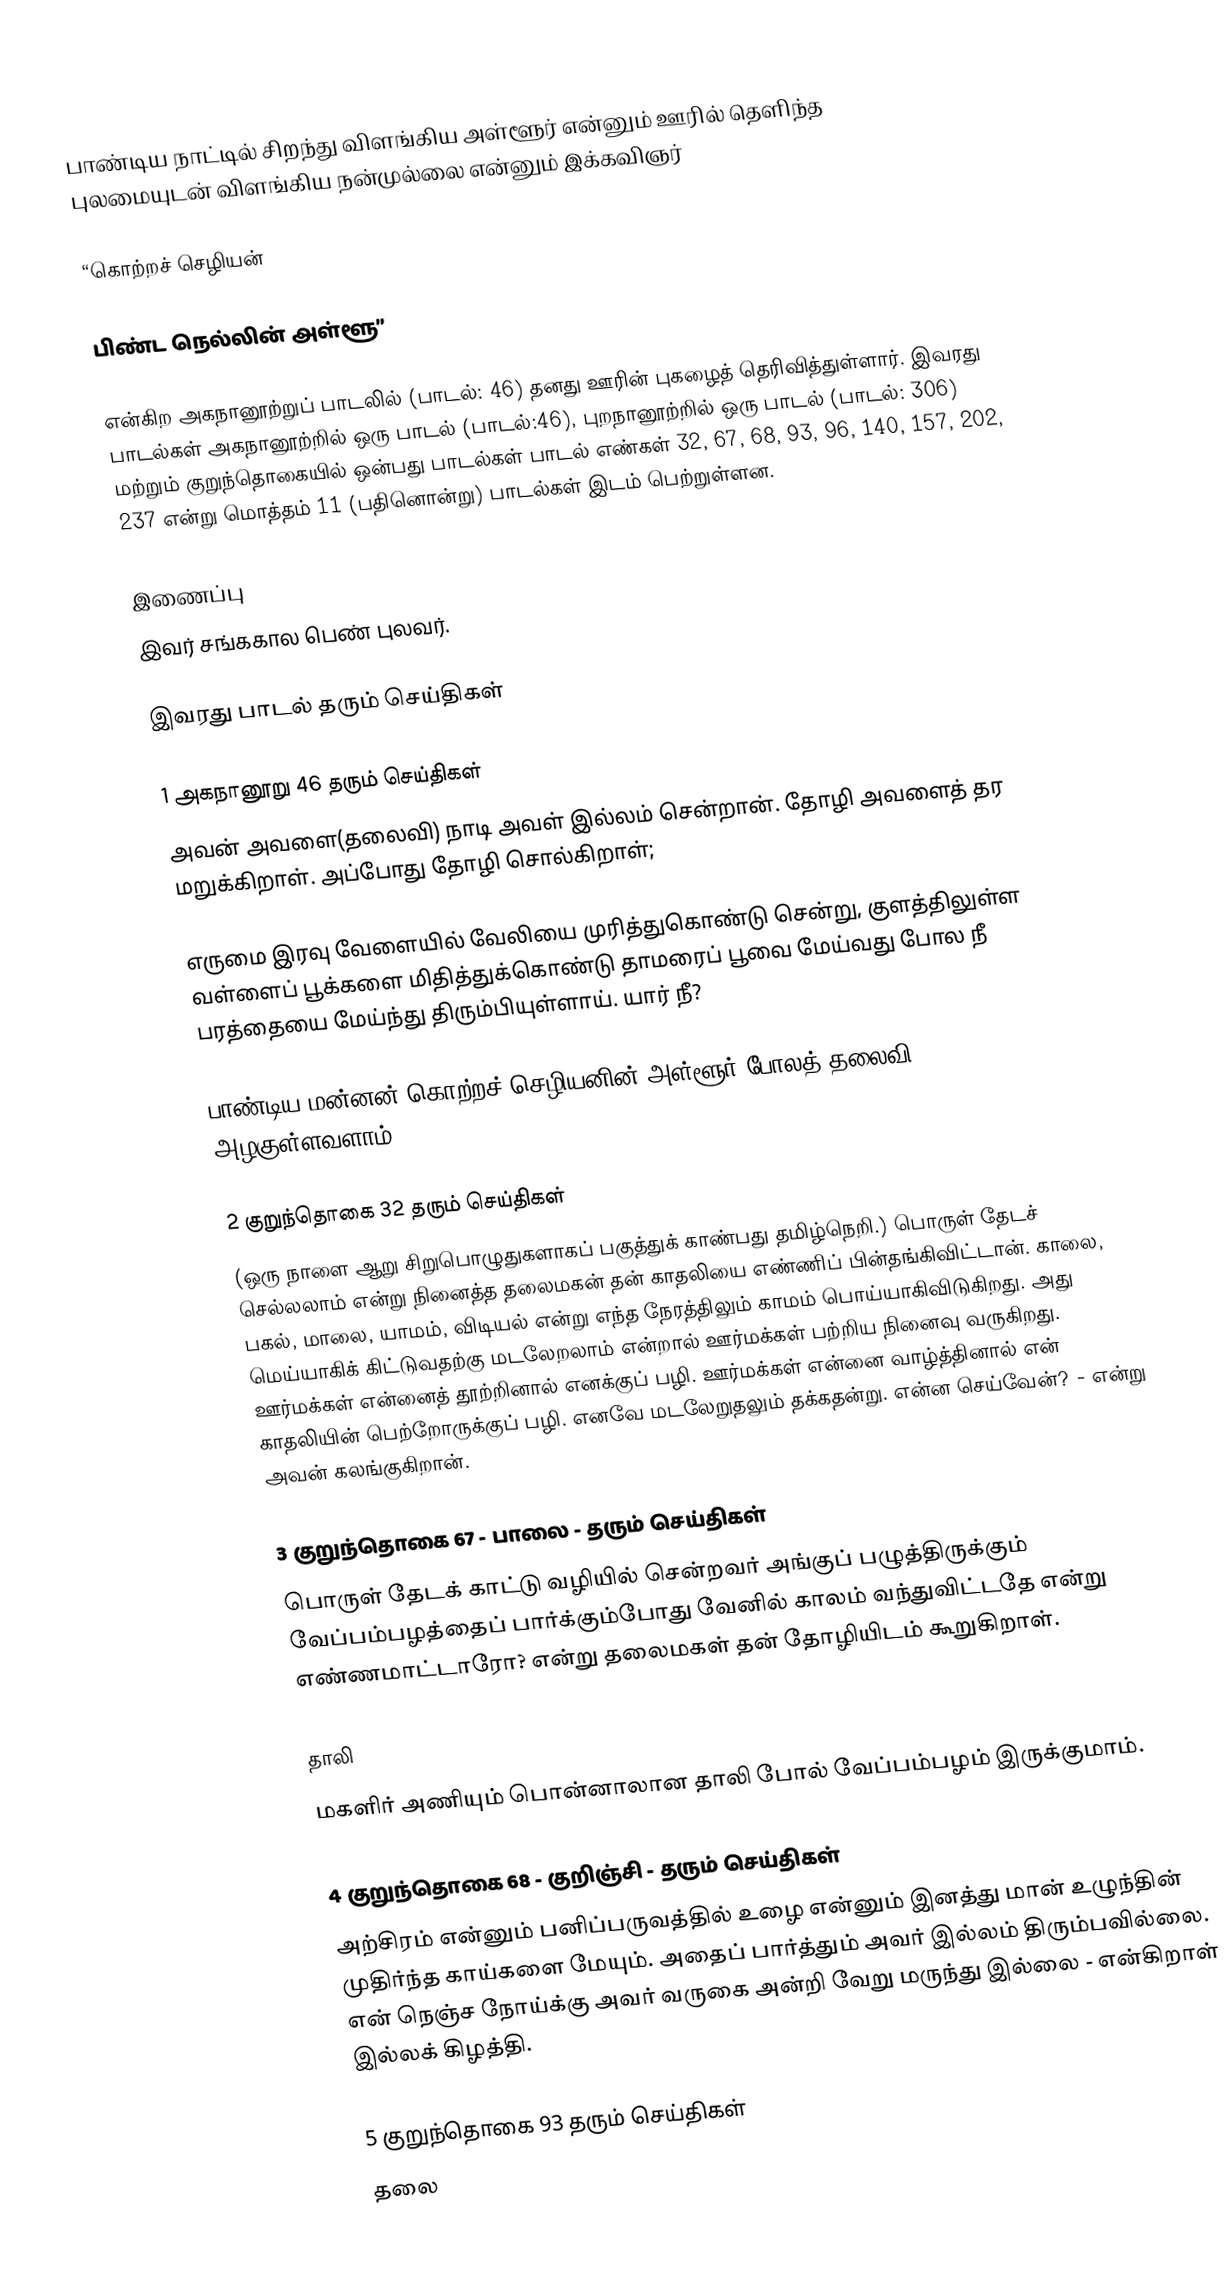
பாண்டிய நாட்டில் சிறந்து விளங்கிய அள்ளூர் என்னும் ஊரில் தெளிந்த புலமையுடன் விளங்கிய நன்முல்லை என்னும் இக்கவிஞர்

“கொற்றச் செழியன்

பிண்ட நெல்லின் அள்ளூ”

என்கிற அகநானூற்றுப் பாடலில் (பாடல்: 46) தனது ஊரின் புகழைத் தெரிவித்துள்ளார். இவரது பாடல்கள் அகநானூற்றில் ஒரு பாடல் (பாடல்:46), புறநானூற்றில் ஒரு பாடல் (பாடல்: 306) மற்றும் குறுந்தொகையில் ஒன்பது பாடல்கள் பாடல் எண்கள் 32, 67, 68, 93, 96, 140, 157, 202, 237 என்று மொத்தம் 11 (பதினொன்று) பாடல்கள் இடம் பெற்றுள்ளன.

இணைப்பு
இவர் சங்ககால பெண் புலவர்.

இவரது பாடல் தரும் செய்திகள்

1 அகநானூறு 46 தரும் செய்திகள்
அவன் அவளை(தலைவி) நாடி அவள் இல்லம் சென்றான். தோழி அவளைத் தர மறுக்கிறாள். அப்போது தோழி சொல்கிறாள்;

எருமை இரவு வேளையில் வேலியை முரித்துகொண்டு சென்று, குளத்திலுள்ள வள்ளைப் பூக்களை மிதித்துக்கொண்டு தாமரைப் பூவை மேய்வது போல நீ பரத்தையை மேய்ந்து திரும்பியுள்ளாய். யார் நீ?

பாண்டிய மன்னன் கொற்றச் செழியனின் அள்ளூர் போலத் தலைவி அழகுள்ளவளாம்.

2 குறுந்தொகை 32 தரும் செய்திகள்
(ஒரு நாளை ஆறு சிறுபொழுதுகளாகப் பகுத்துக் காண்பது தமிழ்நெறி.) பொருள் தேடச் செல்லலாம் என்று நினைத்த தலைமகன் தன் காதலியை எண்ணிப் பின்தங்கிவிட்டான். காலை, பகல், மாலை, யாமம், விடியல் என்று எந்த நேரத்திலும் காமம் பொய்யாகிவிடுகிறது. அது மெய்யாகிக் கிட்டுவதற்கு மடலேறலாம் என்றால் ஊர்மக்கள் பற்றிய நினைவு வருகிறது. ஊர்மக்கள் என்னைத் தூற்றினால் எனக்குப் பழி. ஊர்மக்கள் என்னை வாழ்த்தினால் என் காதலியின் பெற்றோருக்குப் பழி. எனவே மடலேறுதலும் தக்கதன்று. என்ன செய்வேன்? - என்று அவன் கலங்குகிறான்.

3 குறுந்தொகை 67 - பாலை - தரும் செய்திகள்
பொருள் தேடக் காட்டு வழியில் சென்றவர் அங்குப் பழுத்திருக்கும் வேப்பம்பழத்தைப் பார்க்கும்போது வேனில் காலம் வந்துவிட்டதே என்று எண்ணமாட்டாரோ? என்று தலைமகள் தன் தோழியிடம் கூறுகிறாள்.

தாலி
மகளிர் அணியும் பொன்னாலான தாலி போல் வேப்பம்பழம் இருக்குமாம்.

4 குறுந்தொகை 68 - குறிஞ்சி - தரும் செய்திகள்
அற்சிரம் என்னும் பனிப்பருவத்தில் உழை என்னும் இனத்து மான் உழுந்தின் முதிர்ந்த காய்களை மேயும். அதைப் பார்த்தும் அவர் இல்லம் திரும்பவில்லை. என் நெஞ்ச நோய்க்கு அவர் வருகை அன்றி வேறு மருந்து இல்லை - என்கிறாள் இல்லக் கிழத்தி.

5 குறுந்தொகை 93 தரும் செய்திகள்
தலை